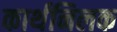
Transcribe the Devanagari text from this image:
कार्थनिलक